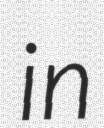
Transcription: in